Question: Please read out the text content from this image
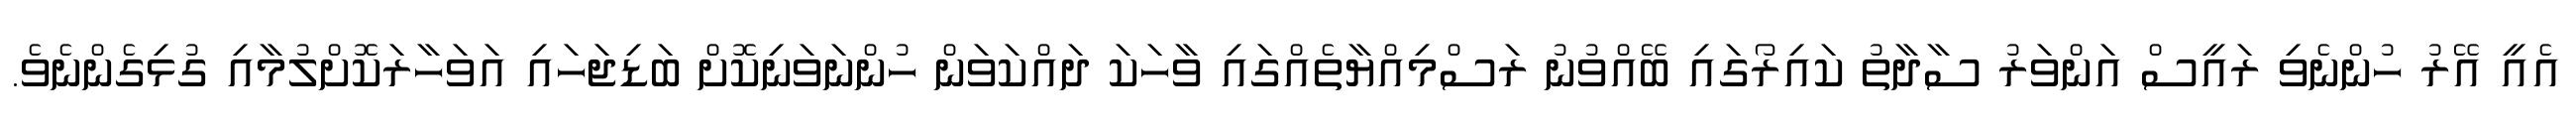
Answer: އެއީ އޭރު ހުންނެވި ރައީސް އަންވަރު ސާދާތު ކައިރޯގައި ބޭއްވުނު ރަސްމިއްޔާތެއްގައި ވާހަކަ ދައްކަވަން ހުންނަވަނިކޮށް ބަޑިޖަހައި އަވަހާރަކޮށްލުމާއި ގުޅިގެންނެވެ.